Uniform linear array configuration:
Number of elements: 48
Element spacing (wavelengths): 0.75
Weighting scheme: binomial
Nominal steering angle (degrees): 15
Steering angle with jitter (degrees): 13.347
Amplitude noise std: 0.05
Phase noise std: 0.05

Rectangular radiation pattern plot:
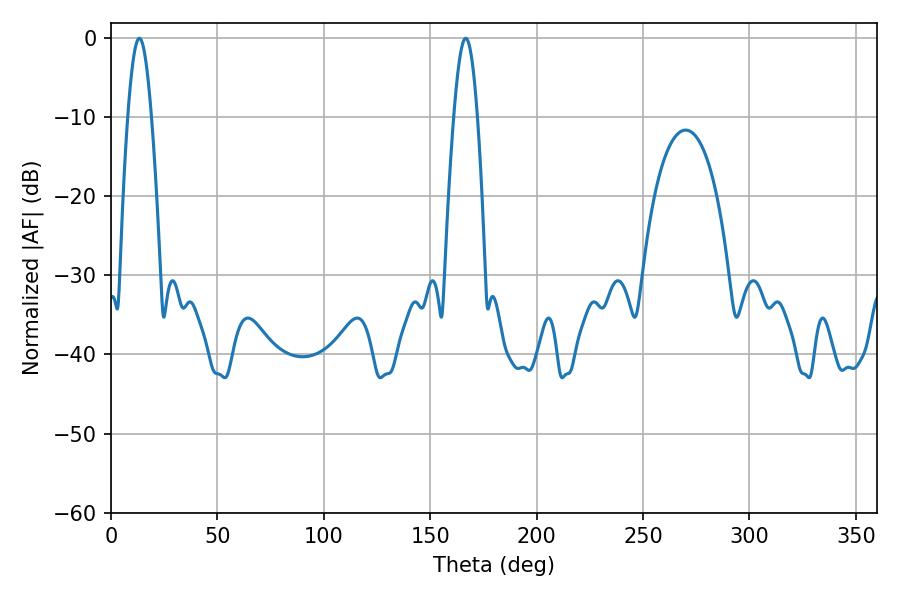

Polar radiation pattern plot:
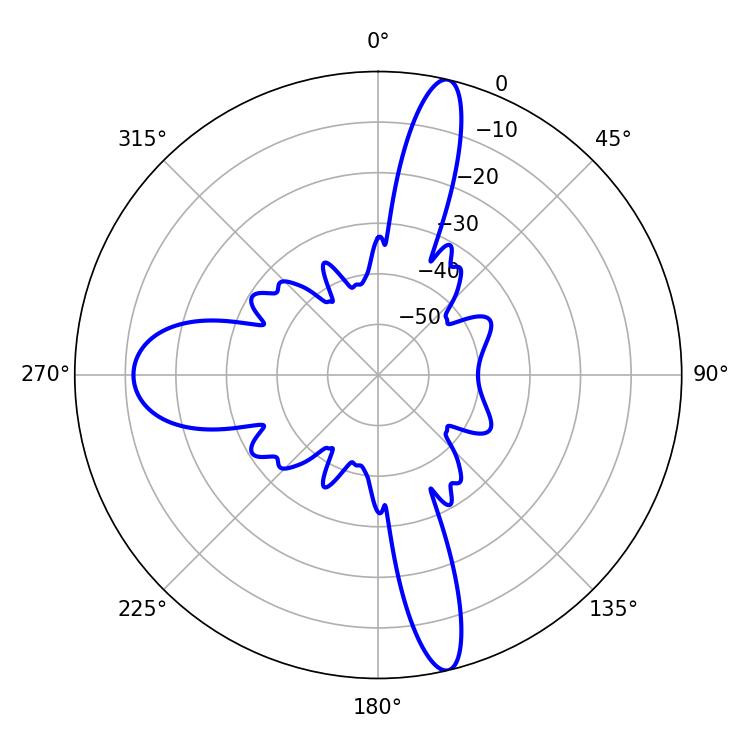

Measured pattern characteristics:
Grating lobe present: TRUE
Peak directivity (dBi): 18.249
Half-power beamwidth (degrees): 5.94
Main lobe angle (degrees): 13.32